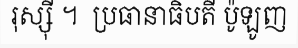
រុស្ស៊ី ។  ប្រធានាធិបតី ប៉ូឡូញ